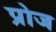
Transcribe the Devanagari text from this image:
प्रोज